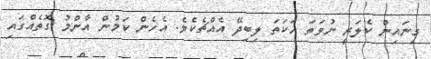
ގިނައިން ކެލަރީ ނުވަތަ ހަކަތަ ލިބިދޭ އެއްޗެކެވެ. އެހެން ކަމުން އާންމު ގޮތެއްގައި